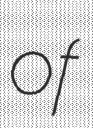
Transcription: of